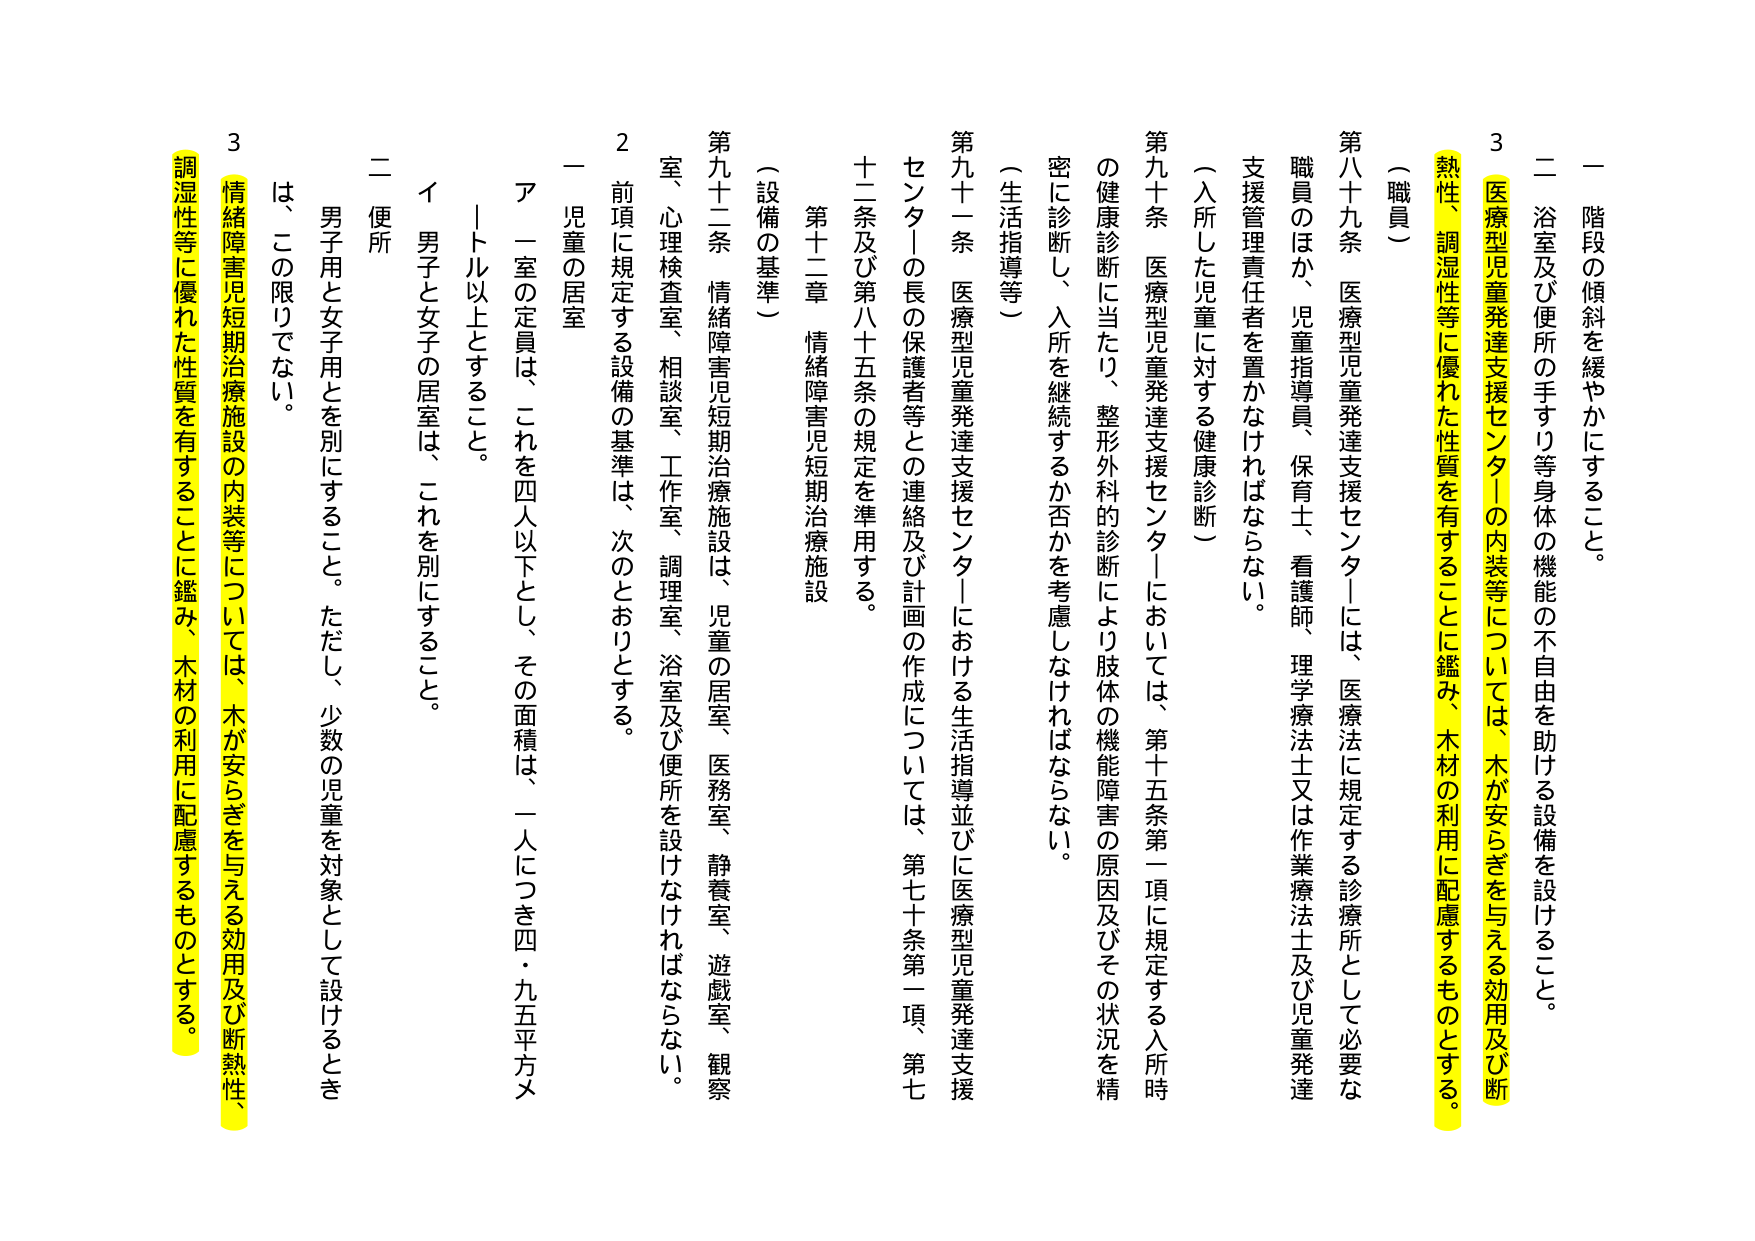
一 階段の傾斜を緩やかにすること。

二 浴室及び便所の手すり等身体の機能の不自由を助ける設備を設けること。

3 医療型児童発達支援センターの内装等については、木が安らぎを与える効用及び断熱性、調湿性等に優れた性質を有することに鑑み、木材の利用に配慮するものとする。

（職員）

第八十九条 医療型児童発達支援センターには、医療法に規定する診療所として必要な職員のほか、児童指導員、保育士、看護師、理学療法士又は作業療法士及び児童発達支援管理責任者を置かなければならない。

（入所した児童に対する健康診断）

第九十条 医療型児童発達支援センターにおいては、第十五条第一項に規定する入所時の健康診断に当たり、整形外科的診断により肢体の機能障害の原因及びその状況を精密に診断し、入所を継続するか否かを考慮しなければならない。

（生活指導等）

第九十一条 医療型児童発達支援センターにおける生活指導並びに医療型児童発達支援センターの長の保護者等との連絡及び計画の作成については、第七十条第一項、第七十二条及び第八十五条の規定を準用する。

第十二章 情緒障害児短期治療施設

（設備の基準）

第九十二条 情緒障害児短期治療施設は、児童の居室、医務室、静養室、遊戯室、観察室、心理検査室、相談室、工作室、調理室、浴室及び便所を設けなければならない。

2 前項に規定する設備の基準は、次のとおりとする。

一 児童の居室

ア 一室の定員は、これを四人以下とし、その面積は、一人につき四・九五平方メートル以上とすること。

イ 男子と女子の居室は、これを別にすること。

二 便所

男子用と女子用とを別にすること。ただし、少数の児童を対象として設けるときは、この限りでない。

3 情緒障害児短期治療施設の内装等については、木が安らぎを与える効用及び断熱性、調湿性等に優れた性質を有することに鑑み、木材の利用に配慮するものとする。